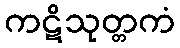
ကဋိသုတ္တကံ